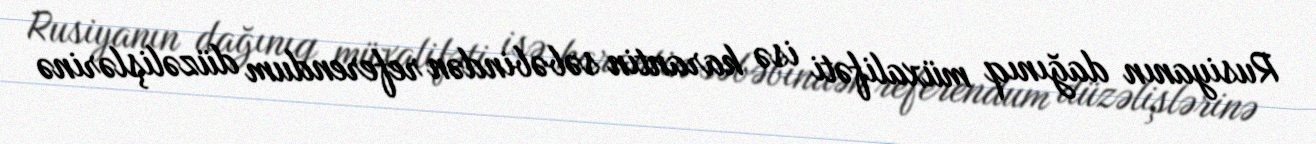
Rusiyanın dağınıq müxalifəti isə karantin səbəbindən referendum düzəlişlərinə